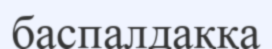
баспалдаққа